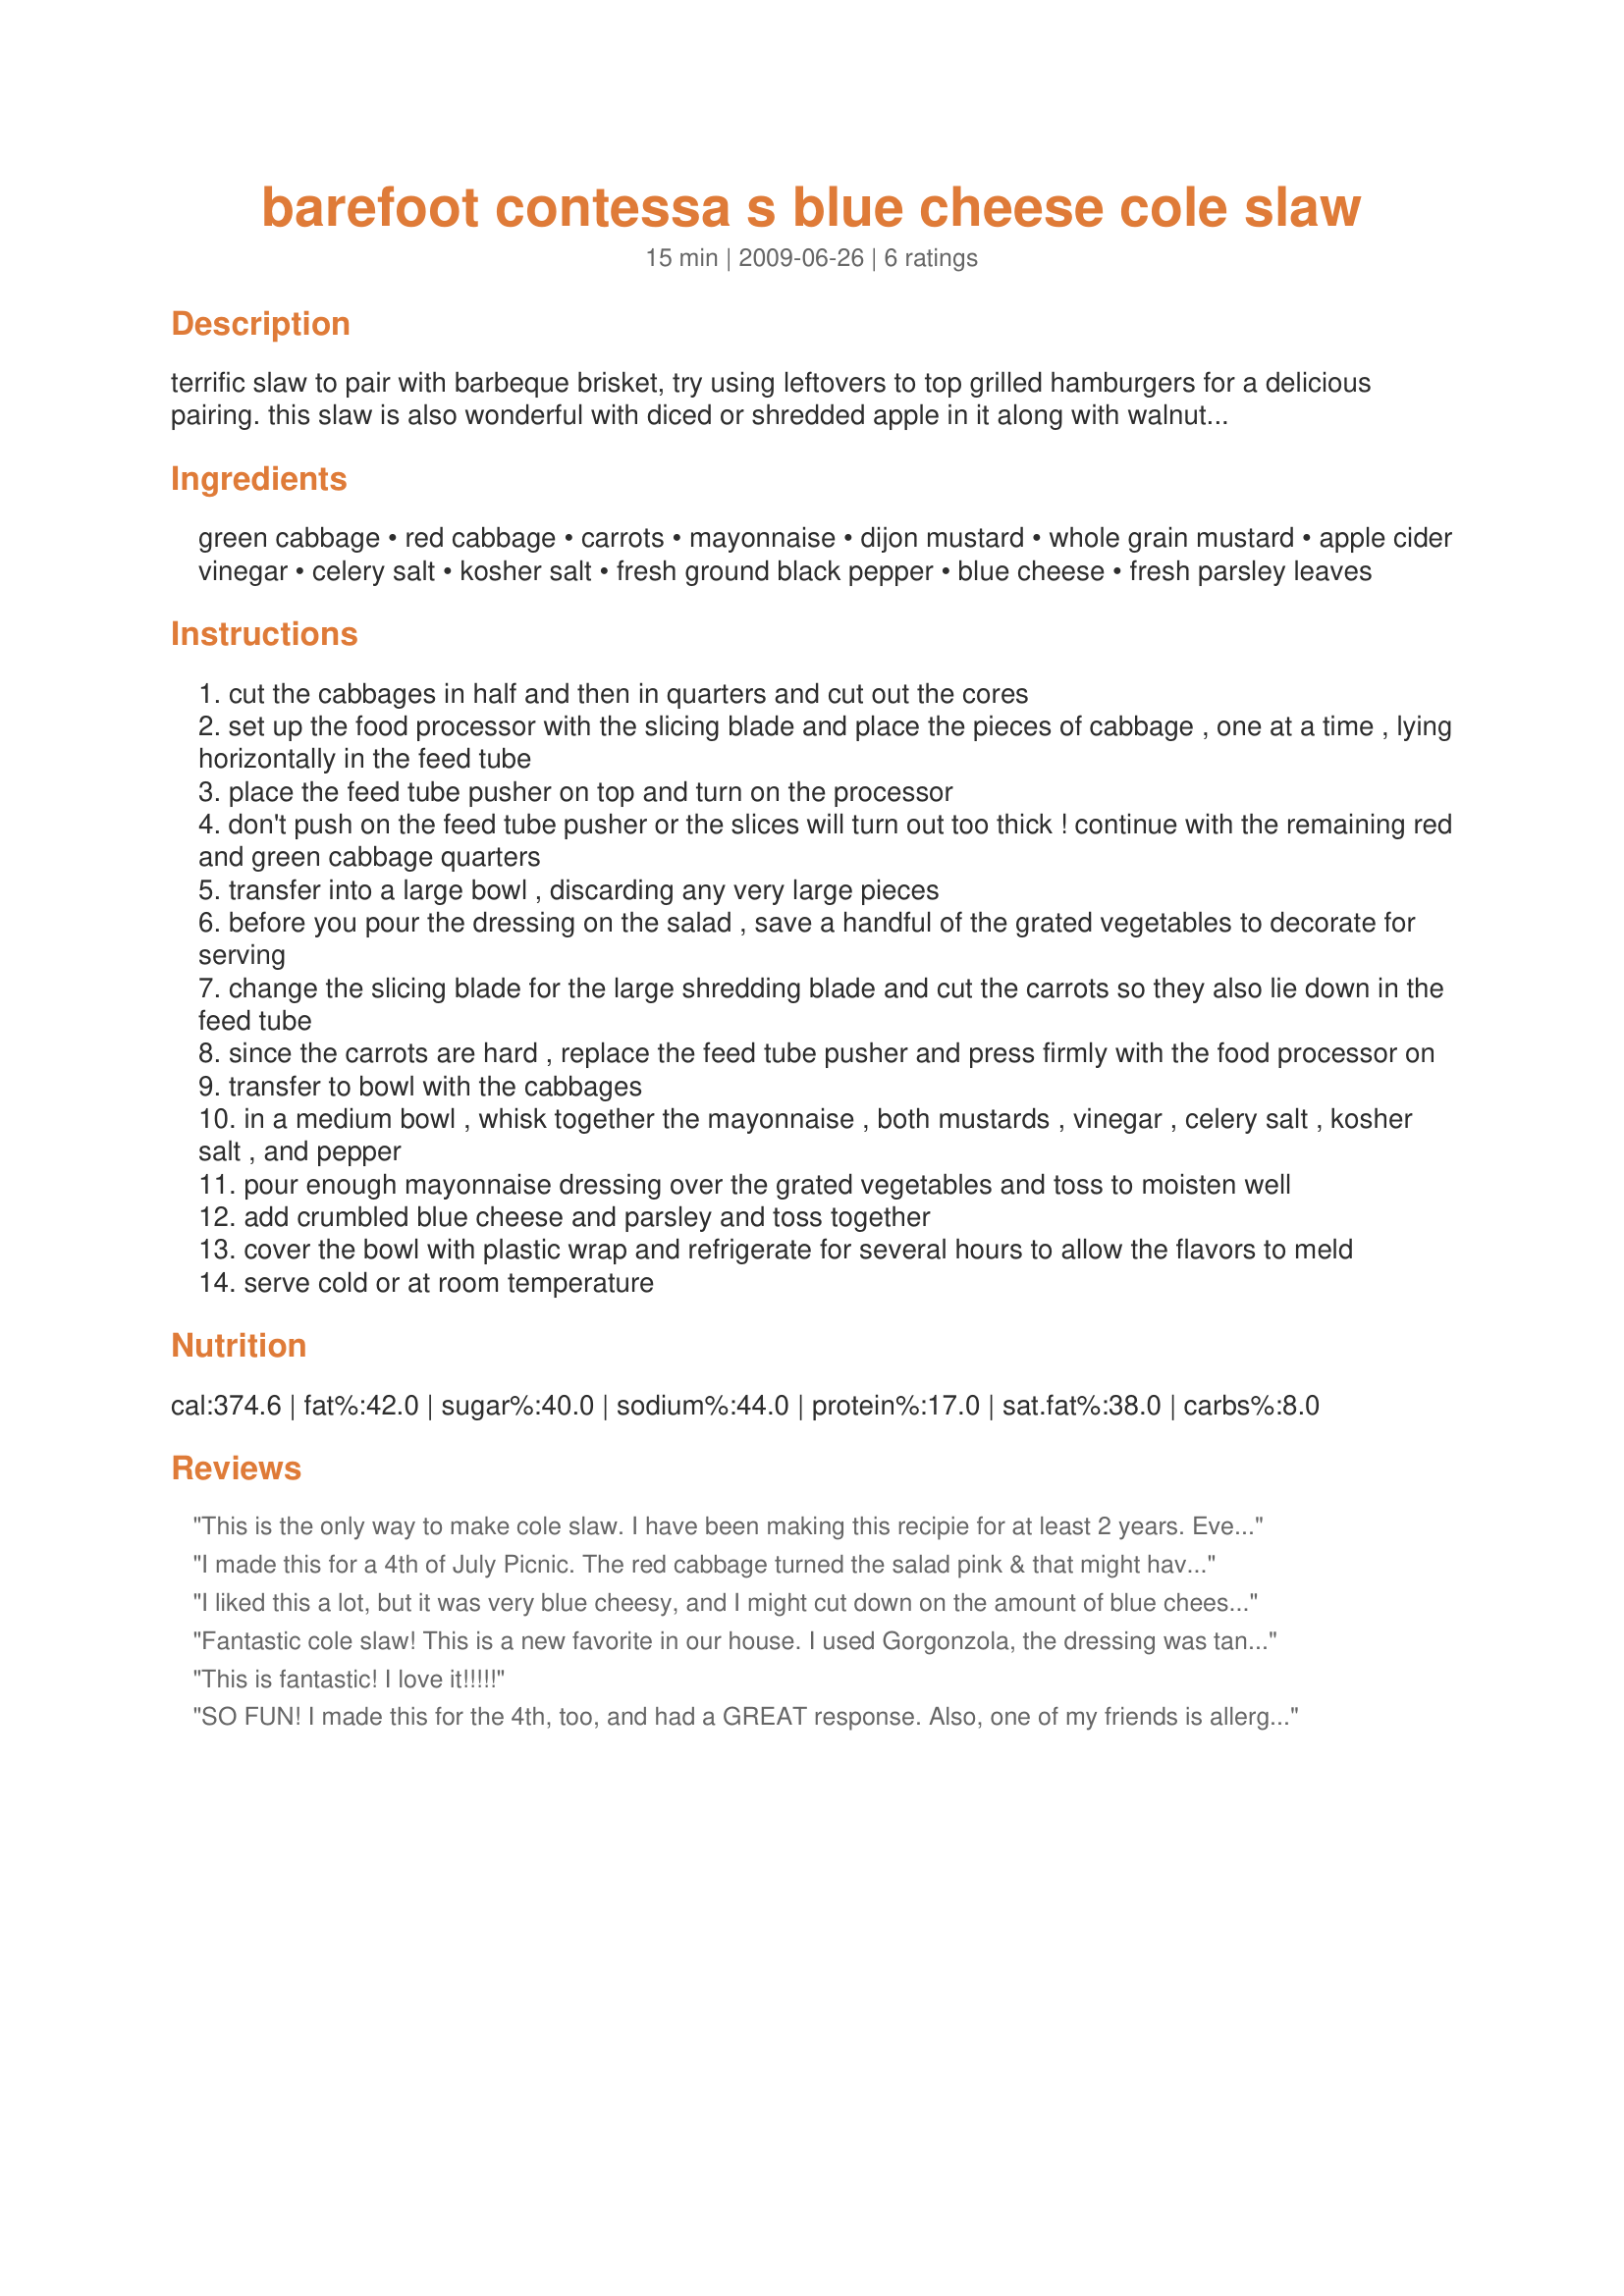
barefoot contessa s blue cheese cole slaw
Preparation time: 15 minutes

terrific slaw to pair with barbeque brisket, try using leftovers to top grilled hamburgers for a delicious pairing. this slaw is also wonderful with diced or shredded apple in it along with walnuts if you want to get fancy. it's also a very cute fourth of july pun (white cabbage, red cabbage, blue cheese!).

add the sauce judiciously, as the cabbage amounts can vary according to the size of the heads. while the recipe calls for a good roquefort, you don't have to buy expensive blue cheese for this slaw to still taste deeeeelish! prep time does not include chilling for several hours to allow the flavors to meld.

Ingredients:
green cabbage, red cabbage, carrots, mayonnaise, dijon mustard, whole grain mustard, apple cider vinegar, celery salt, kosher salt, fresh ground black pepper, blue cheese, fresh parsley leaves

Steps:
cut the cabbages in half and then in quarters and cut out the cores
set up the food processor with the slicing blade and place the pieces of cabbage , one at a time , lying horizontally in the feed tube
place the feed tube pusher on top and turn on the processor
don't push on the feed tube pusher or the slices will turn out too thick ! continue with the remaining red and green cabbage quarters
transfer into a large bowl , discarding any very large pieces
before you pour the dressing on the salad , save a handful of the grated vegetables to decorate for serving
change the slicing blade for the large shredding blade and cut the carrots so they also lie down in the feed tube
since the carrots are hard , replace the feed tube pusher and press firmly with the food processor on
transfer to bowl with the cabbages
in a medium bowl , whisk together the mayonnaise , both mustards , vinegar , celery salt , kosher salt , and pepper
pour enough mayonnaise dressing over the grated vegetables and toss to moisten well
add crumbled blue cheese and parsley and toss together
cover the bowl with plastic wrap and refrigerate for several hours to allow the flavors to meld
serve cold or at room temperature

Reviews:
This is the only way to make cole slaw. I have been making this recipie for at least 2 years. Everyone in my family loves it. They all asked for the recipe and now they make it too. I only use dijon mustard since my hubby doesn't like whole grain mustard. I half the dressing recipe and use a bag of tri color shredded cabbage. (Green cabbace, red cabbage, and carrtos mix). Works out really well. We are having this tonight. Omg we just love this recipe!!!!
I made this for a 4th of July Picnic. The red cabbage turned the salad pink & that might have been a turn off because hardly anyone sampled it. I didn't like it at all & my husband said it was awful!
So sorry...I wanted to like it because I love Bleu cheese!
I liked this a lot, but it was very blue cheesy, and I might cut down on the amount of blue cheese in the future.
Fantastic cole slaw! This is a new favorite in our house. I used Gorgonzola, the dressing was tangy but not too cheesy. Perfect summer slaw! thank you for sharing!
This is fantastic! I love it!!!!!
SO FUN! I made this for the 4th, too, and had a GREAT response. Also, one of my friends is allergic to egg, so I replaced the mayo with lite sour cream, and it worked wonderfully! 3 people have asked me for the recipe so far! Thanks!
